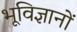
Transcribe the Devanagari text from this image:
भूविज्ञानों